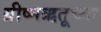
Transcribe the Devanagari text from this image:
ग्रीष्मऋतूच्या